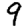
Digit: 9